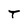
Character: T